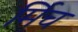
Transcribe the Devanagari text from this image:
र्मिच